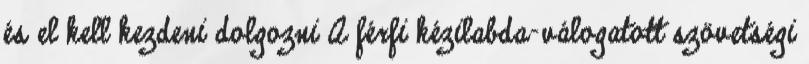
és el kell kezdeni dolgozni A férfi kézilabda-válogatott szövetségi